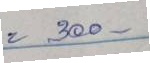
= 300